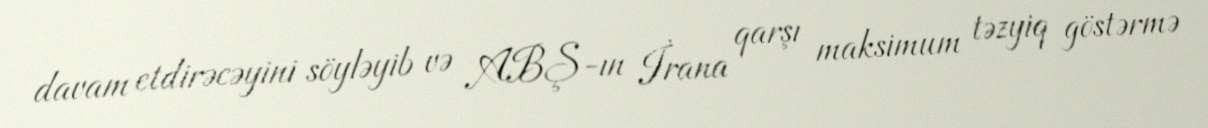
davam etdirəcəyini söyləyib və ABŞ-ın İrana qarşı maksimum təzyiq göstərmə